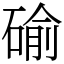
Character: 䃋